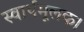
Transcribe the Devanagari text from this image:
स्वार्थमूलक।